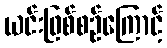
ယင်းဖြစ်စဉ်ကြောင့်